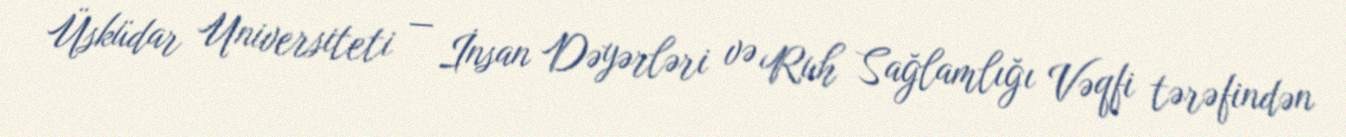
Üsküdar Universiteti — İnsan Dəyərləri və Ruh Sağlamlığı Vəqfi tərəfindən